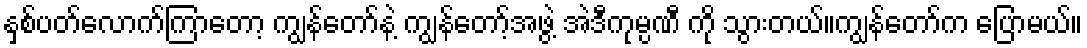
နှစ်ပတ်လောက်ကြာတော့ ကျွန်တော်နဲ့ ကျွန်တော့်အဖွဲ့ အဲဒီကုမ္ပဏီ ကို သွားတယ်။ကျွန်တော်က ပြောမယ်။